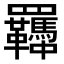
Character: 𦍈